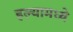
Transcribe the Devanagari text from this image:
हल्यामध्ये